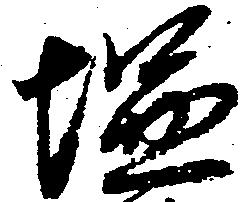
塩